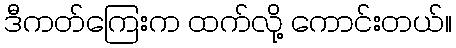
ဒီကတ်ကြေးက ထက်လို့ ကောင်းတယ်။